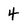
Character: 4